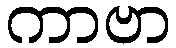
ကာဗာ